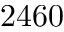
2 4 6 0